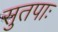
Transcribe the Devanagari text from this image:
सुतपाः